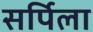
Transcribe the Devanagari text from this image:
सर्पिला